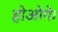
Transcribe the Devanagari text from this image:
होओगे।